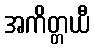
အကိတ္တယီ